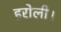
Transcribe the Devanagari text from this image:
हरोली।